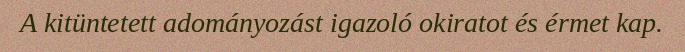
A kitüntetett adományozást igazoló okiratot és érmet kap.